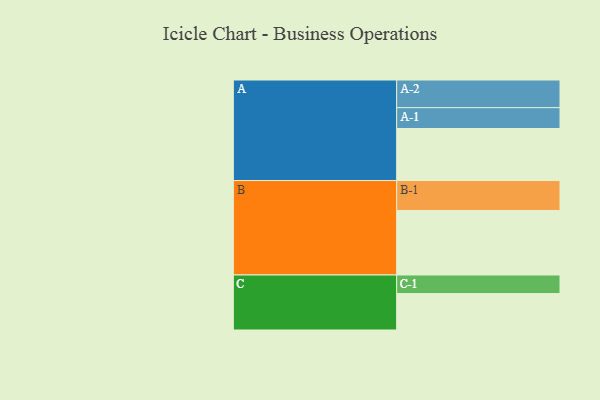
{"axis": {"x": "Segment", "y": "Value"}, "legend": ["", "A", "B", "C"], "data": [{"x": "A", "y": 481, "type": ""}, {"x": "B", "y": 597, "type": ""}, {"x": "C", "y": 337, "type": ""}, {"x": "A-1", "y": 193, "type": "A"}, {"x": "A-2", "y": 256, "type": "A"}, {"x": "B-1", "y": 277, "type": "B"}, {"x": "C-1", "y": 172, "type": "C"}]}